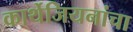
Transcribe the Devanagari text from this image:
कार्थेजियनांचा